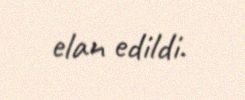
elan edildi.